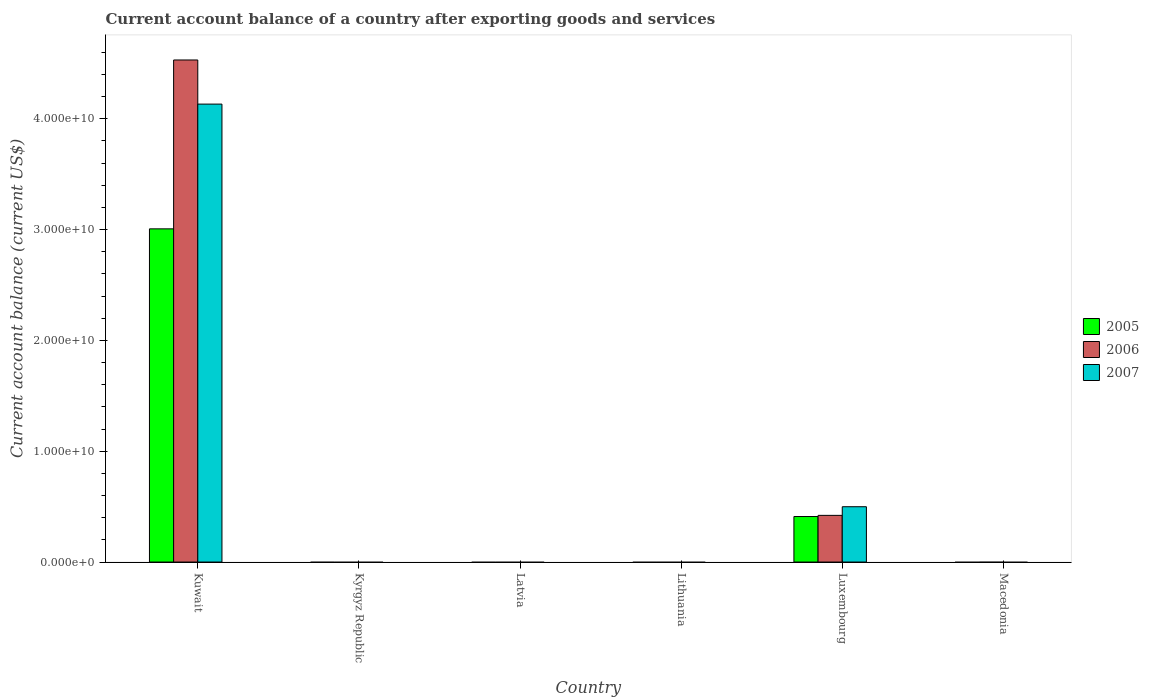
| Country | 2005 | 2006 | 2007 |
 | --- | --- | --- | --- |
 | Kuwait | 3.01e+10 | 4.53e+10 | 4.13e+10 |
 | Kyrgyz Republic | -3.74e+07 | -2.86e+08 | -2.28e+08 |
 | Latvia | -1.99e+09 | -4.52e+09 | -6.43e+09 |
 | Lithuania | -1.87e+09 | -3.14e+09 | -5.81e+09 |
 | Luxembourg | 4.11e+09 | 4.21e+09 | 4.99e+09 |
 | Macedonia | -1.59e+08 | -2.85e+07 | -6.06e+08 |